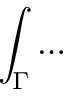
\int _ { \Gamma } \dots